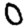
Digit: 0